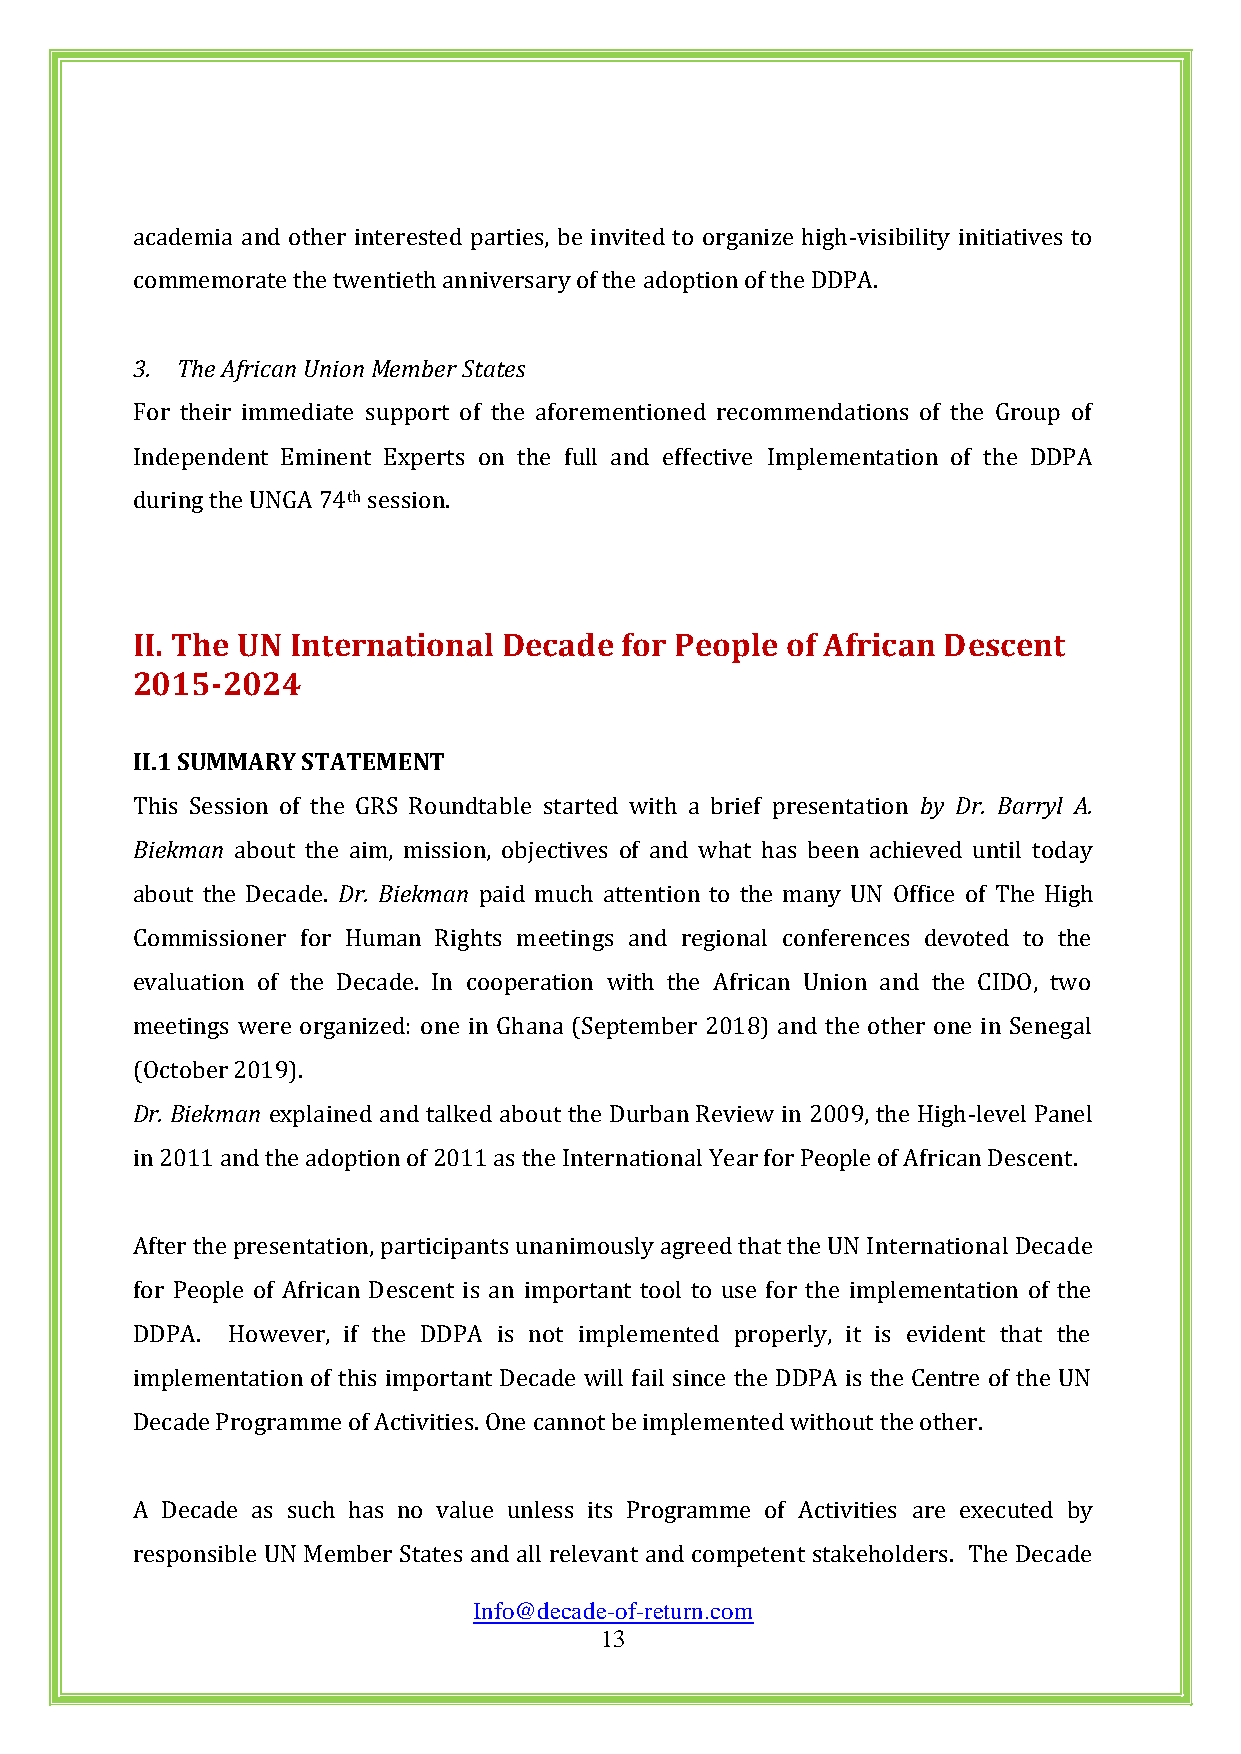
academia and other interested parties, be invited to organize high-visibility initiatives to
 commemorate the twentieth anniversary of the adoption of the DDPA.
 3. The African Union Member States
 For their immediate support of the aforementioned recommendations of the Group of
 Independent Eminent Experts on the full and effective Implementation of the DDPA
 during the UNGA 74th session.
 II. The UN International Decade for People of African Descent
 2015-2024
 II.1 SUMMARY STATEMENT
 This Session of the GRS Roundtable started with a brief presentation by Dr. Barryl A.
 Biekman about the aim, mission, objectives of and what has been achieved until today
 about the Decade. Dr. Biekman paid much attention to the many UN Office of The High
 Commissioner for Human Rights meetings and regional conferences devoted to the
 evaluation of the Decade. In cooperation with the African Union and the CIDO, two
 meetings were organized: one in Ghana (September 2018) and the other one in Senegal
 (October 2019).
 Dr. Biekman explained and talked about the Durban Review in 2009, the High-level Panel
 in 2011 and the adoption of 2011 as the International Year for People of African Descent.
 After the presentation, participants unanimously agreed that the UN International Decade
 for People of African Descent is an important tool to use for the implementation of the
 DDPA. However, if the DDPA is not implemented properly, it is evident that the
 implementation of this important Decade will fail since the DDPA is the Centre of the UN
 Decade Programme of Activities. One cannot be implemented without the other.
 A Decade as such has no value unless its Programme of Activities are executed by
 responsible UN Member States and all relevant and competent stakeholders. The Decade
 Info@decade-of-return.com
 13